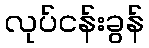
လုပ်ငန်းခွန်